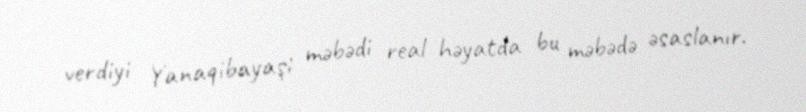
verdiyi Yanaqibayaşi məbədi real həyatda bu məbədə əsaslanır.